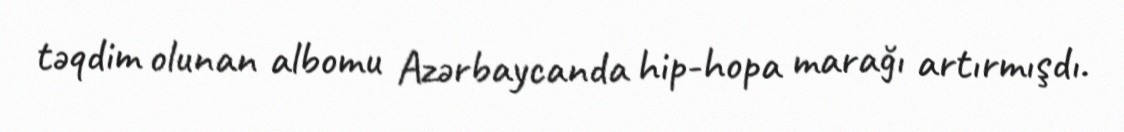
təqdim olunan albomu Azərbaycanda hip-hopa marağı artırmışdı.